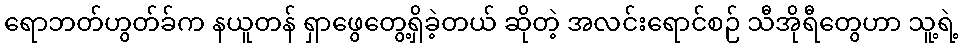
ရောဘတ်ဟွတ်ခ်က နယူတန် ရှာဖွေတွေ့ရှိခဲ့တယ် ဆိုတဲ့ အလင်းရောင်စဉ် သီအိုရီတွေဟာ သူ့ရဲ့